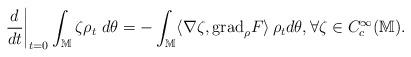
LaTeX: \begin{align*}\frac{d}{dt}\bigg|_{t=0}\int_{\mathbb M}\zeta \rho_{t} ~ d\theta=- \int_{\mathbb M} \langle \nabla\zeta , {\rm grad}_{\rho} F \rangle \, \rho_t d \theta, \forall \zeta \in C_c^\infty({\mathbb M}).\end{align*}